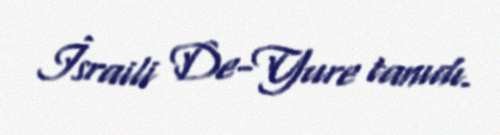
İsraili De-Yure tanıdı.